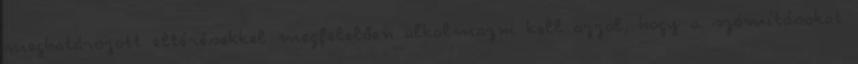
meghatározott eltérésekkel megfelelően alkalmazni kell azzal, hogy a számításokat